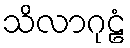
သိလာဂုဠံ